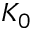
K _ { 0 }